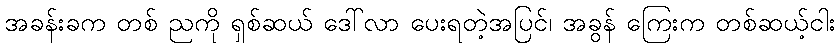
အခန်းခက တစ် ညကို ရှစ်ဆယ် ဒေါ်လာ ပေးရတဲ့အပြင်၊ အခွန် ကြေးက တစ်ဆယ့်ငါး